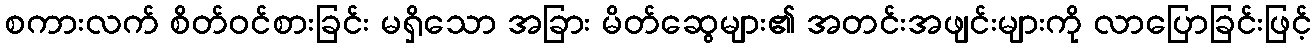
စကားလက် စိတ်ဝင်စားခြင်း မရှိသော အခြား မိတ်ဆွေများ၏ အတင်းအဖျင်းများကို လာပြောခြင်းဖြင့်